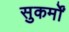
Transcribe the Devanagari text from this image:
सुकर्मों